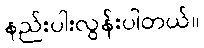
နည်းပါးလွန်းပါတယ်။